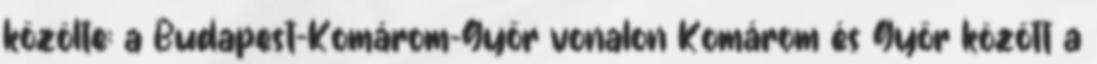
közölte: a Budapest-Komárom-Győr vonalon Komárom és Győr között a